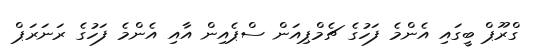
ގްރޫޕް ބީގައި އެންމެ ފަހުގެ ޗެމްޕިއަން ސްޕެއިން އާއި އެންމެ ފަހުގެ ރަނަރަޕް